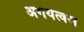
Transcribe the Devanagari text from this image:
अगयत्वस